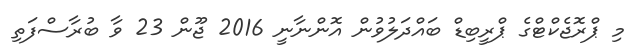
މި ޕްރޮޖެކްޓްގެ ޕްރީބިޑް ބައްދަލުވުން އޮންނާނީ 2016 ޖޫން 23 ވާ ބުރާސްފަތި